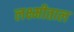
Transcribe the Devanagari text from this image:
लक्ष्मीताल